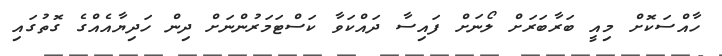
ހާއްސަކޮށް މިއީ ބަރާބަރަށް ލޯނަށް ފައިސާ ދައްކަވާ ކަސްޓަމަރުންނަށް ދިން ހަދިޔާއެއްގެ ގޮތުގައި